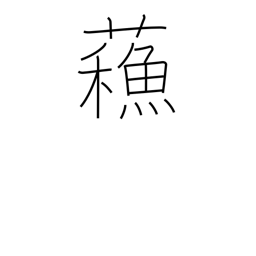
Meaning: revived